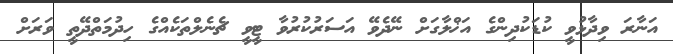
އަނާރަ ވިދާޅުވީ ކުޑަކުދިންގެ އަޚްލާގަށް ނޭދެވޭ އަސަރުކުރުވާ ޓީވީ ޗެނެލްތަކެއްގެ ހިދުމަތްދޭތީ ވަރަށް